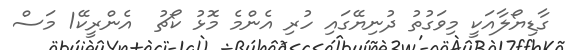
ގާޑިޔޯލާއަކީ މިވަގުތު ދުނިޔޭގައި ހުރި އެންމެ މޮޅު ކޯޗު  އެންރީކޭ1 މަސް